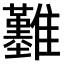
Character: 𩁢